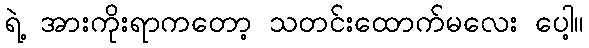
ရဲ့ အားကိုးရာကတော့ သတင်းထောက်မလေး ပေါ့။